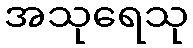
အသုရေသု